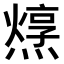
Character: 𤏂